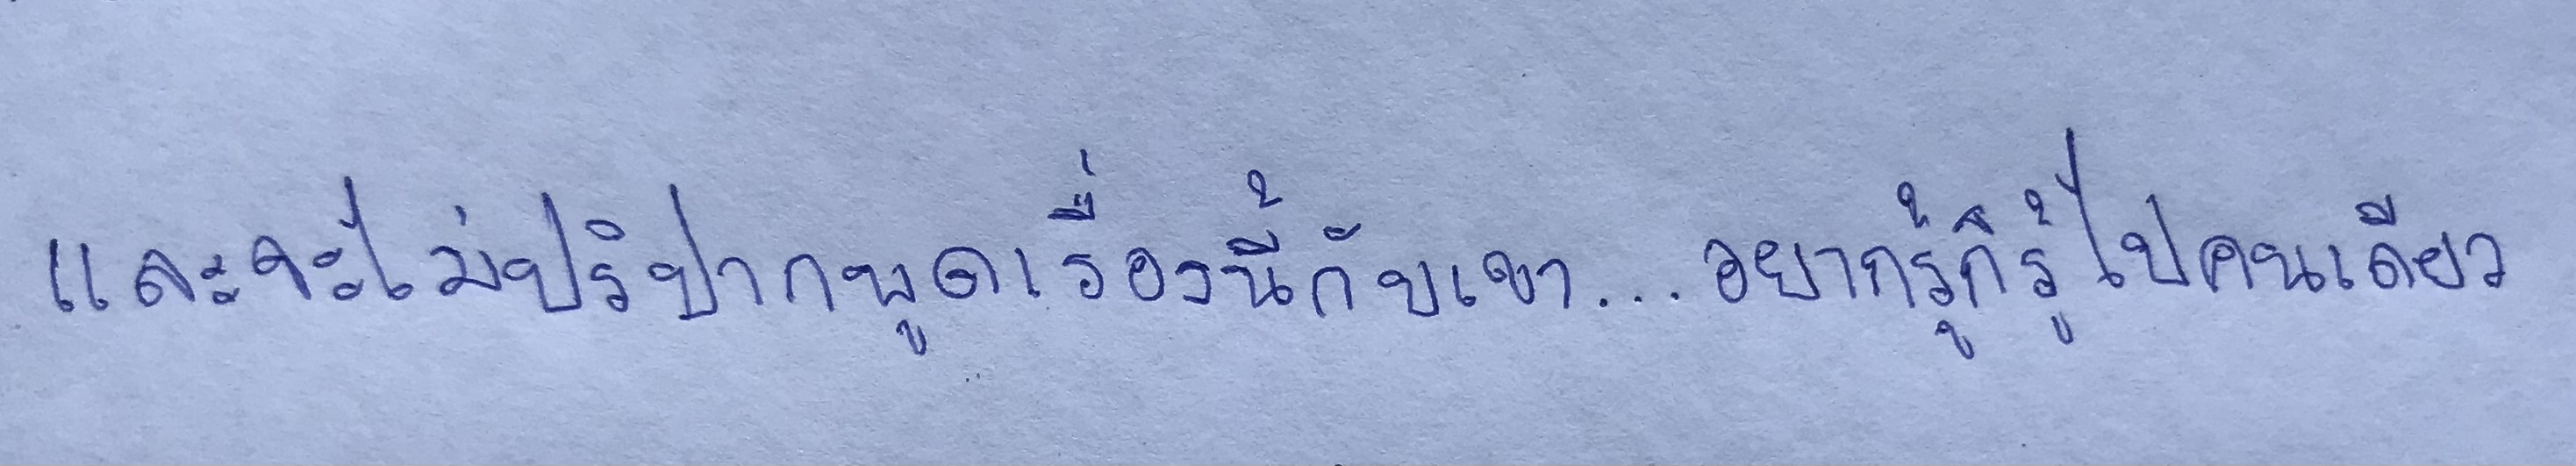
และจะไม่ปริปากพูดเรื่องนี้กับเขา...อยากรู้ก็รู้ไปคนเดียว